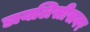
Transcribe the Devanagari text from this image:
डायलिसीसवर